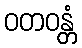
ဝတဝန္တံ